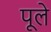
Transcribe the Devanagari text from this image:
पूले